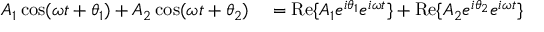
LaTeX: \begin{array} { r l } { A _ { 1 } \cos ( \omega t + \theta _ { 1 } ) + A _ { 2 } \cos ( \omega t + \theta _ { 2 } ) } & { { } = \operatorname { R e } \{ A _ { 1 } e ^ { i \theta _ { 1 } } e ^ { i \omega t } \} + \operatorname { R e } \{ A _ { 2 } e ^ { i \theta _ { 2 } } e ^ { i \omega t } \} } \end{array}